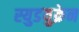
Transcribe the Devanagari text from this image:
स्युडयुक्रेन